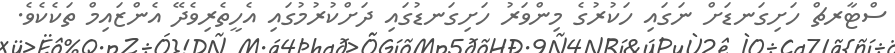
ސްޓާރޗް ހަށިގަނޑަށް ނަގައި ހަކުރުގެ މިންވަރު ހަށިގަނޑުގައި ދަށްކުރުމުގައި އެހީތެރިވެދޭ އެންޒައިމް ތަކެކެވެ.